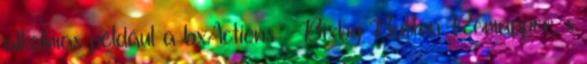
alkalmas például a bxActions – Bixby Button Remapper, s